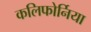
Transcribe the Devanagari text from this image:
कलिफोर्निया